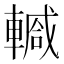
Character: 𨎕